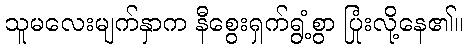
သူမလေးမျက်နှာက နီစွေးရှက်ရွံ့စွာ ပြုံးလို့နေ၏။